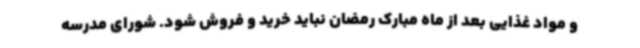
و مواد غذایی بعد از ماه مبارک رمضان نباید خرید و فروش شود. شورای مدرسه